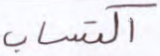
اكتساب